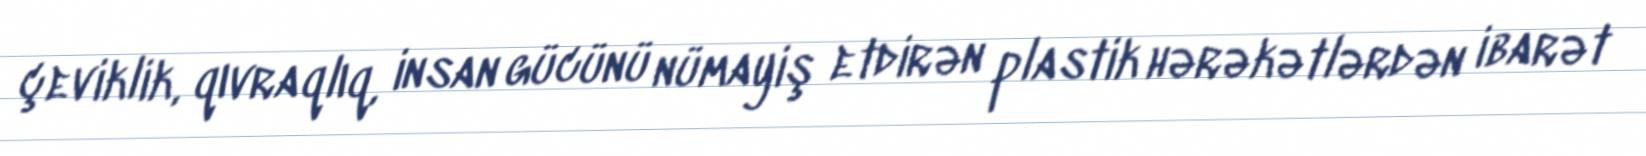
çeviklik, qıvraqlıq, insan gücünü nümayiş etdirən plastik hərəkətlərdən ibarət